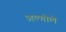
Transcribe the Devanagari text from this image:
अल्गोले